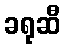
ခရုဆီ